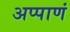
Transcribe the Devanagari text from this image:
अप्पाणं